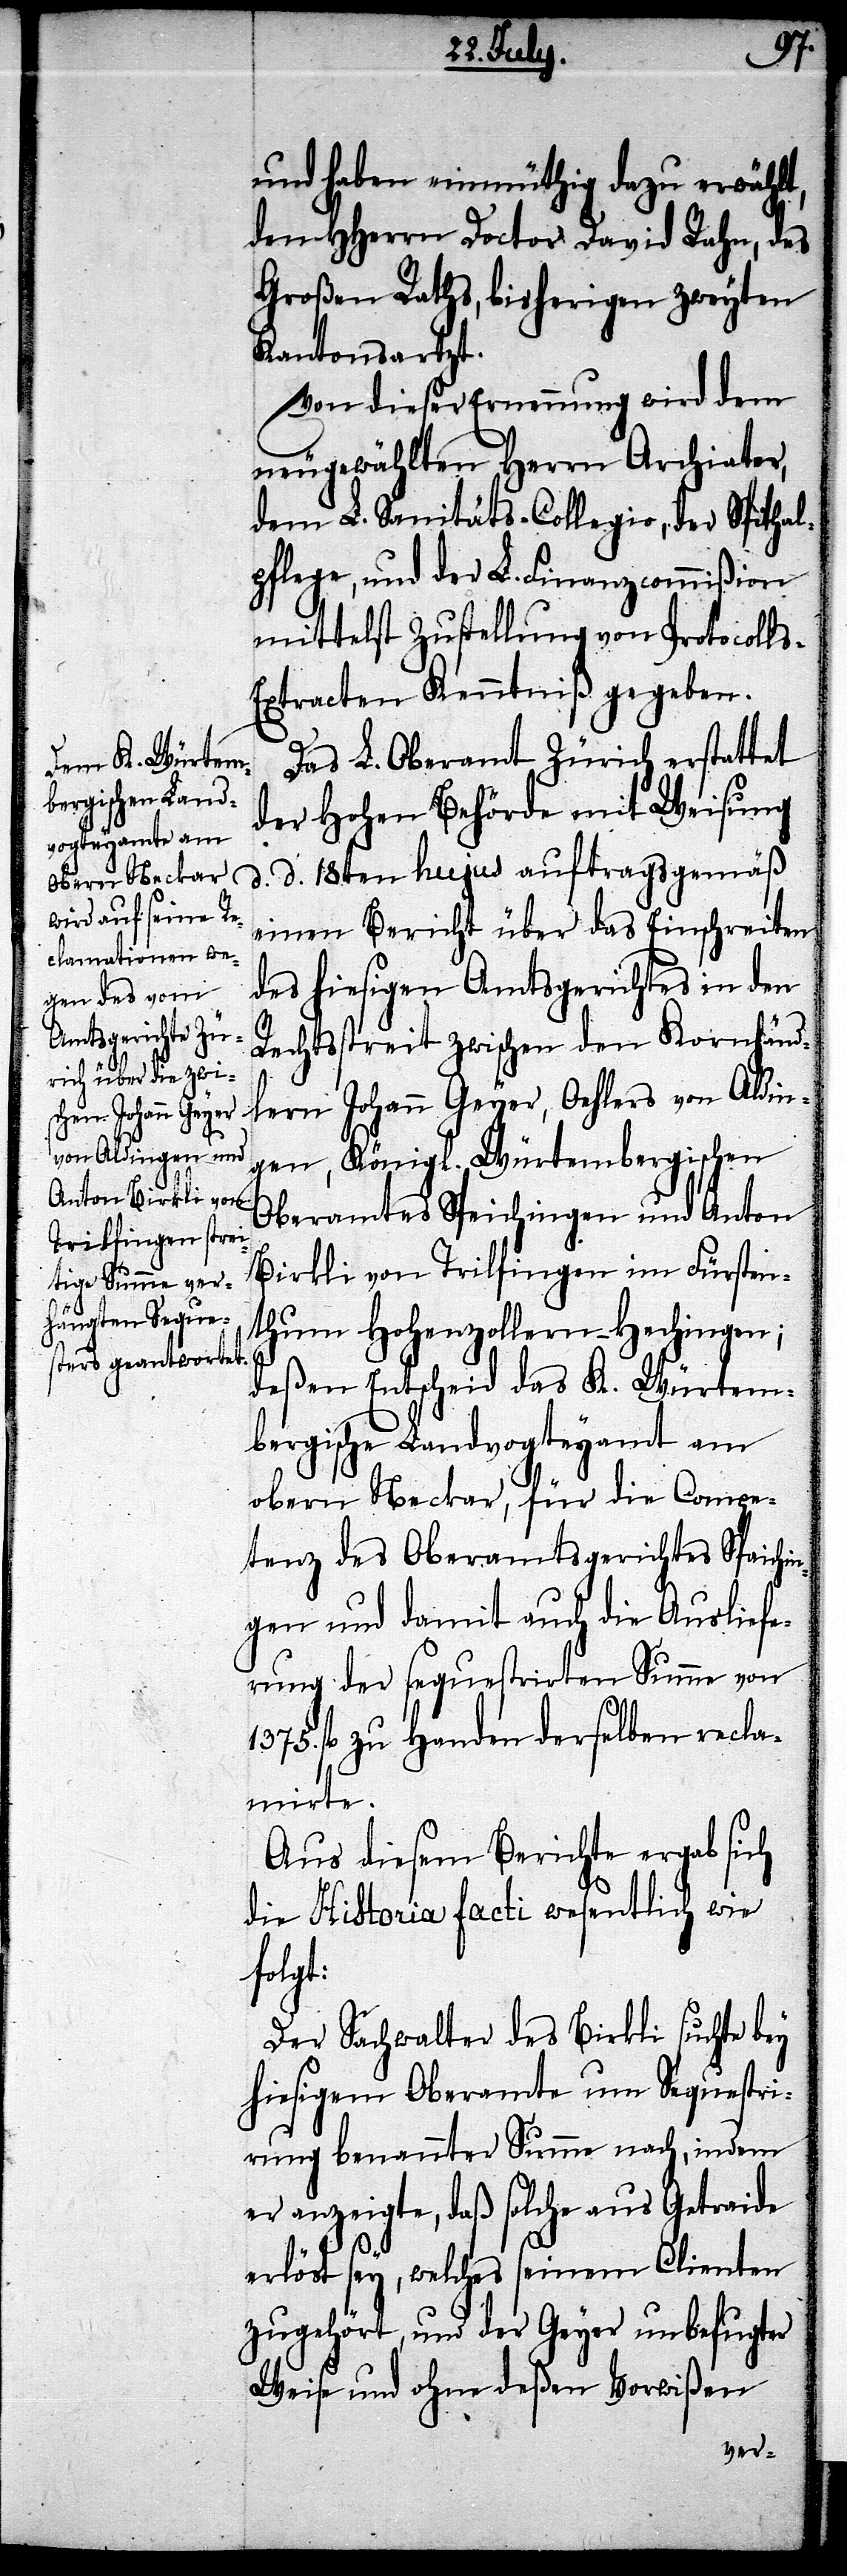
und haben einmüthig dazu erwählt,
den HHerrn Doctor David Rahn, des
Großen Raths, bisherigen zweyten
Kantonsarzt.
Von dieser Ernennung wird dem
neugewählten Herr Archiater,
dem L. Sanitäts-Collegio, der Spithal¬
pflege, und der L. Finanzcommißion
mittelst Zustellung von Protocoll¬
s-Extracten Kenntniß gegeben.
Das L. Oberamt Zürich erstattet
der Hohen Behörde mit Weisung
d. d. 18ten hujus auftragsgemäß
einen Bericht über das Einschreiben
des hiesigen Amtsgerichtes in den
Rechtsstreit zwischen den Kornhänd¬
lern Johann Geyer, Oehlers von Aldin¬
gen, Königl. Würtembergischen
Oberamtes Speichingen und Anton
Birkli von Trilfingen im Fürsten¬
thum Hohenzollern-Hechingen;
deßen Entscheid das K. Würtem¬
bergische Landvogteyamt am
obern Neckar, für die Compe¬
tenz des Oberamtsgerichtes Spaichin¬
gen und damit auch die Ausliefe¬
rung der sequestrirten Summe von
fl. zu Handen derselben recla¬
mirte.
Aus diesem Berichte ergab sich
die Historia facti wesentlich wie
folgt:
Der Sachwalter des Birkli suchte bey
hiesigem Oberamte um Sequestri¬
rung benannter Summe nach, indem
er anzeigte, daß solche aus Getraide
erlöst sey, welches seinem Clienten
zugehört, und der Geyer unbefugter
Weise und ohne deßen Vorwißen